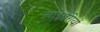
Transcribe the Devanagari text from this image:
लाइब्रेरीयों